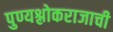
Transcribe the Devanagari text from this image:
पुण्यश्लोकराजाची